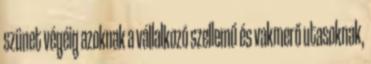
szünet végéig azoknak a vállalkozó szellemű és vakmerő utasoknak,